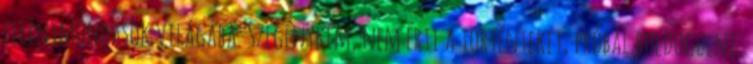
ellentmondások világába. Szegénykém, nem érti a történteket, próbál boldogulni,